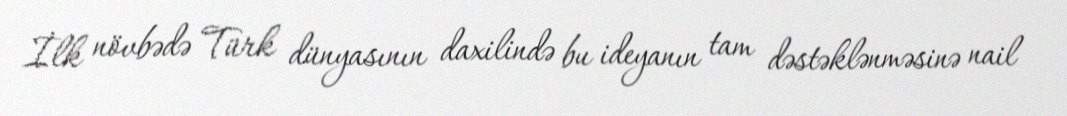
İlk növbədə Türk dünyasının daxilində bu ideyanın tam dəstəklənməsinə nail